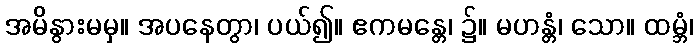
အမိနွားမမှ။ အပနေတွာ၊ ပယ်၍။ ဧကမန္တေ၊ ၌။ မဟန္တံ၊ သော။ ထမ္ဘံ၊